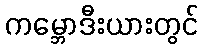
ကမ္ဘောဒီးယားတွင်